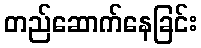
တည်ဆောက်နေခြင်း